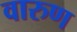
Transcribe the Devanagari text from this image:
वारुण